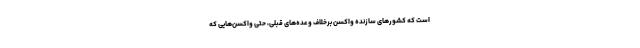
است که کشورهای سازنده واکسن برخلاف وعده‌های قبلی، حتی واکسن‌هایی که